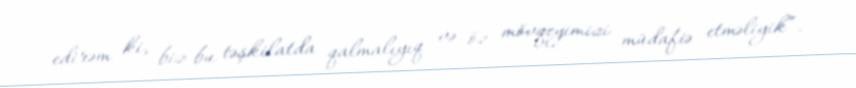
edirəm ki, biz bu təşkilatda qalmalıyıq və öz mövqeyimizi müdafiə etməliyik”.